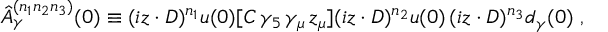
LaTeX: \hat { A } _ { \gamma } ^ { ( n _ { 1 } n _ { 2 } n _ { 3 } ) } ( 0 ) \equiv ( i z \cdot D ) ^ { n _ { 1 } } u ( 0 ) [ C \, \gamma _ { 5 } \, \gamma _ { \mu } \, z _ { \mu } ] ( i z \cdot D ) ^ { n _ { 2 } } u ( 0 ) \, ( i z \cdot D ) ^ { n _ { 3 } } d _ { \gamma } ( 0 ) \; ,